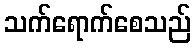
သက်ရောက်စေသည်